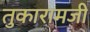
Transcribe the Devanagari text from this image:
तुकारामजी